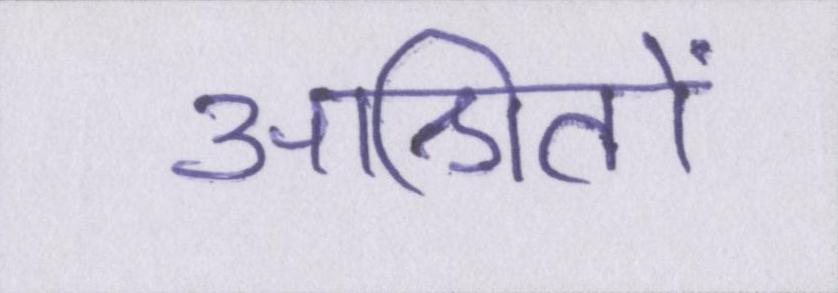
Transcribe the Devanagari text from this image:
आश्रितों